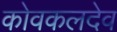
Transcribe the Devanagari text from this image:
कोवकलदेव